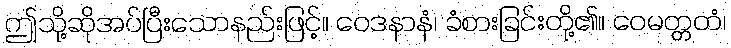
ဤသို့ဆိုအပ်ပြီးသောနည်းဖြင့်။ ဝေဒနာနံ၊ ခံစားခြင်းတို့၏။ ဝေမတ္တတံ၊